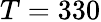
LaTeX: T=330